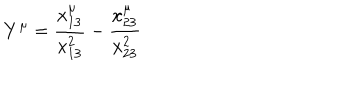
Y ^ { \mu } = \frac { x _ { 1 3 } ^ { \mu } } { x _ { 1 3 } ^ { 2 } } - \frac { x _ { 2 3 } ^ { \mu } } { x _ { 2 3 } ^ { 2 } }